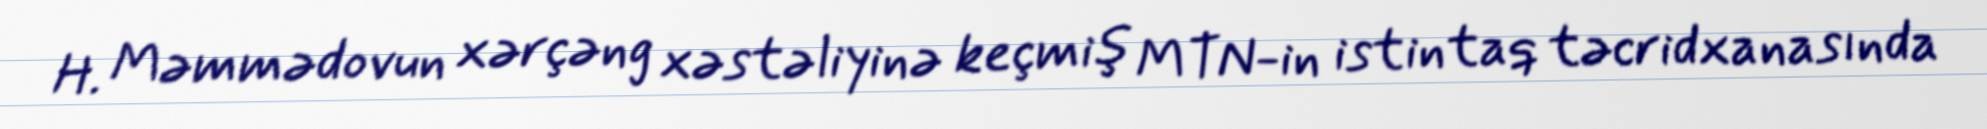
H. Məmmədovun xərçəng xəstəliyinə keçmiş MTN-in istintaq təcridxanasında